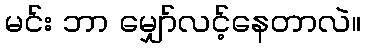
မင်း ဘာ မျှော်လင့်နေတာလဲ။